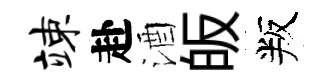
竦赴酒皈叛